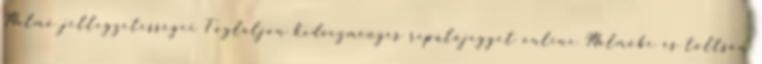
Malmő jellegzetességei Foglaljon kedvezményes repülőjegyet online Malmőbe és töltsön